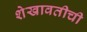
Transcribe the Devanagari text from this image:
शेखावतीची